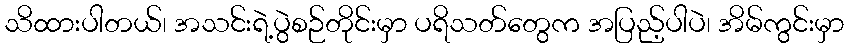
သိထားပါတယ်၊ အသင်းရဲ့ပွဲစဉ်တိုင်းမှာ ပရိသတ်တွေက အပြည့်ပါပဲ၊ အိမ်ကွင်းမှာ